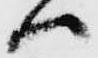
ハ